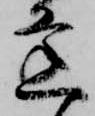
逢